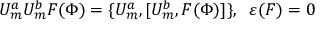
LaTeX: U _ { m } ^ { a } U _ { m } ^ { b } F ( \Phi ) = \{ U _ { m } ^ { a } , { [ } U _ { m } ^ { b } , F ( \Phi ) { ] } \} , \; \; \varepsilon ( F ) = 0